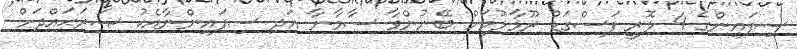
ސިފައިންގެ 4 ލޮރީ ފަސްގަޑު ރޫޅާލުމަށް ބޭނުންވާ ސާމާނާ އަދި ސިފައިންނާއެކު ޞަރަޙައްދަށް